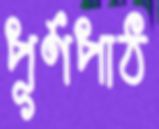
পূর্ণপাঠ